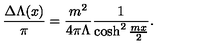
\frac { \Delta \Lambda ( x ) } { \pi } = \frac { m ^ { 2 } } { 4 \pi \Lambda } \frac { 1 } { \cosh ^ { 2 } \frac { m x } { 2 } } .